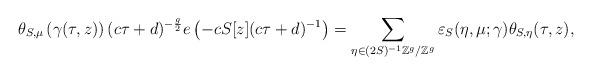
LaTeX: \begin{align*}\theta_{S,\mu}\left(\gamma(\tau,z)\right)(c \tau + d)^{-\frac{g}{2}} e\left(-c S[z] (c \tau+d)^{-1}\right)=\sum_{\eta\in(2S)^{-1}\mathbb Z^g/\mathbb Z^g} \varepsilon_{S}(\eta, \mu;\gamma)\theta_{S,\eta}(\tau, z),\end{align*}